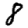
Digit: 8